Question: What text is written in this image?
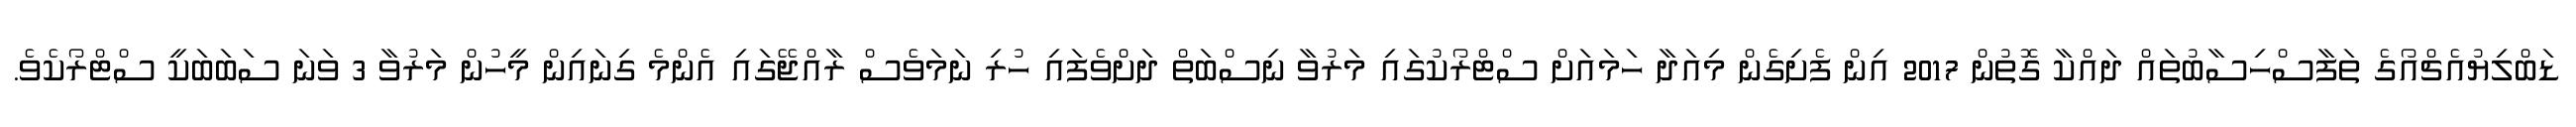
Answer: ޑަބްލިޔުއެޗްއޯގެ ތަފާސްހިސާބުތައް ދައްކާ ގޮތުން 2017 އިން ފެށިގެން މިއަދާ ހަމައަށް ސްޓްރޯކުގައި މަރުވާ ނިސްބަތް ދަށްވެފައި ހުރި ނަމަވެސް ރާއްޖޭގައި އެންމެ ގިނައިން މީހުން މަރުވާ 3 ވަނަ ސަބަބަކީ ސްޓްރޯކެވެ.